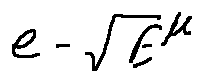
e - \sqrt { E } ^ { \mu }